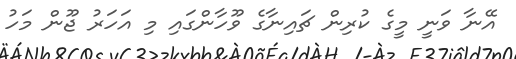
އޭނާ ވަނީ މީގެ ކުރިން ޗައިނާގެ ވޫހާންގައި މި އަހަރު ޖޫން މަހު